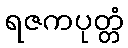
ရဇကပုတ္တံ